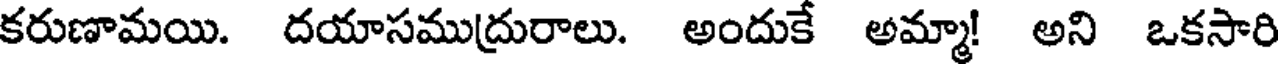
కరుణామయి. దయాసముద్రురాలు. అందుకే అమ్మా! అని ఒకసారి